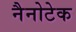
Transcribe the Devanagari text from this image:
नैनोटेक